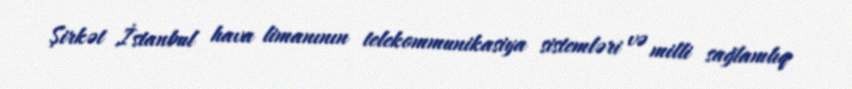
Şirkət İstanbul hava limanının telekommunikasiya sistemləri və milli sağlamlıq